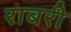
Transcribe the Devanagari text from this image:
राबरी